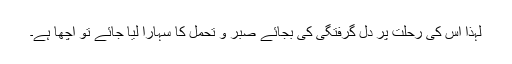
لہٰذا اس کی رحلت پر دل گرفتگی کی بجائے صبر و تحمل کا سہارا لیا جائے تو اچھا ہے۔